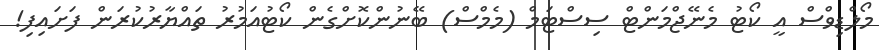
މޯލްޑިވްސް އީ ކޯޓު މެނޭޖްމަންޓް ސިސްޓަމް (މެމްސް) ބޭނުންކޮށްގެން ކޯޓުއަމުރު ތައްޔާރުކުރަން ފަށައިފި!